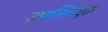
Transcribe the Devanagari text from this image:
उपास्थियुक्त